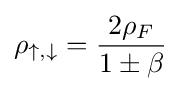
\rho _{\uparrow ,\downarrow }={\frac {2\rho _{F}}{1\pm \beta }}